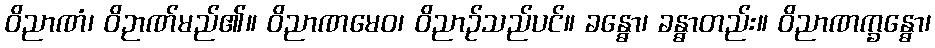
ဝိညာဏံ၊ ဝိဉာဏ်မည်၏။ ဝိညာဏမေဝ၊ ဝိညာဉ်သည်ပင်။ ခန္ဓော၊ ခန္ဓာတည်း။ ဝိညာဏက္ခန္ဓော၊